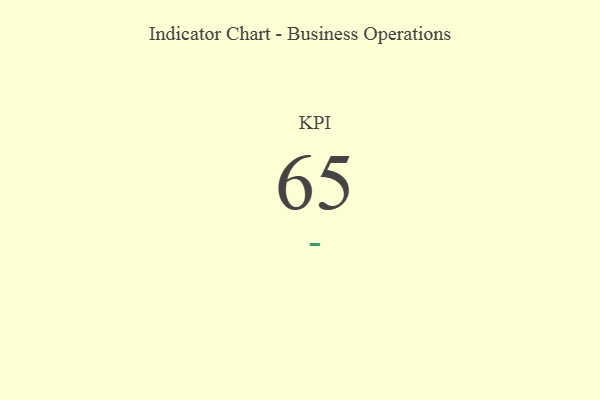
{"axis": {"x": "KPI", "y": "Value"}, "legend": [""], "data": [{"x": "KPI", "y": 65, "type": ""}]}